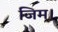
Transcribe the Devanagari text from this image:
जिम।